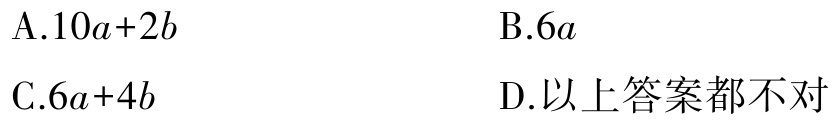
A.$10a + 2b$

B.$6a$

C.$6a + 4b$

D.以上答案都不对